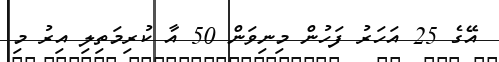
އޭގެ 25 އަހަރު ފަހުން މިނިވަން 50 އާ ކުރިމަތިލި އިރު މި